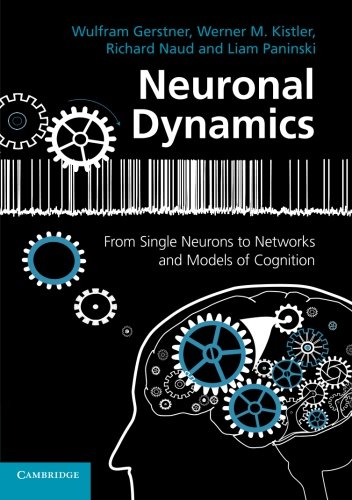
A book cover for Neuronal Dynamics: From Single Neurons to Networks and Models of Cognition; Wulfram Gerstner; Computers & Technology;